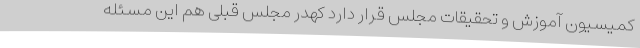
کمیسیون آموزش و تحقیقات مجلس قرار دارد کهدر مجلس قبلی هم این مسئله